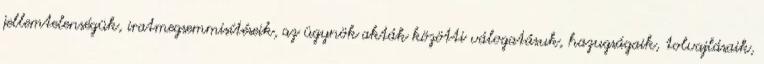
jellemtelenségük, iratmegsemmisítéseik, az ügynök akták közötti válogatásuk, hazugságaik, tolvajlásaik,